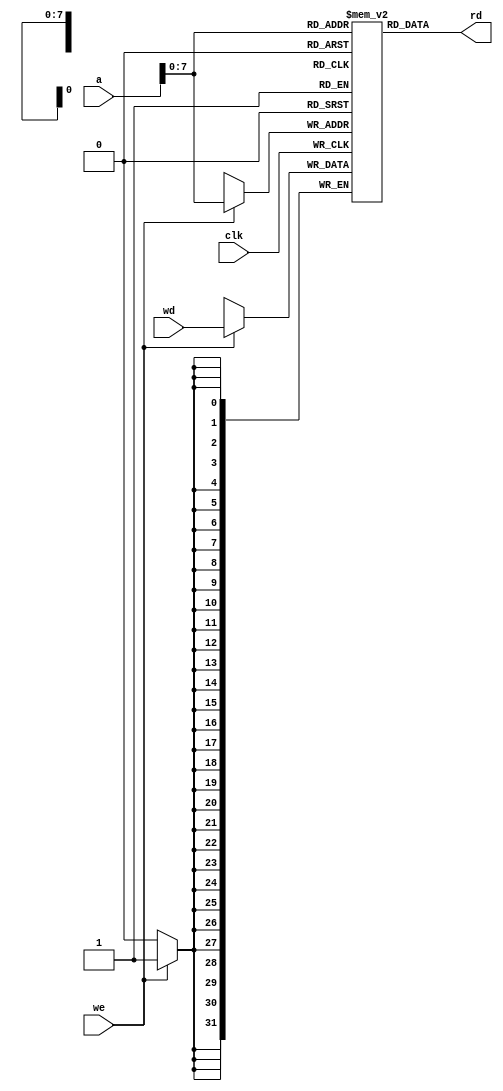
module dmem (
    input clk, we,
    input [31:0] a, wd,
    output [31:0] rd
);
    reg [31:0] RAM [255:0];
    
    assign rd = RAM[a[7:0]]; // word aligned
    
    always @(posedge clk) begin
        if (we) RAM[a[7:0]] <= wd;
    end
endmodule